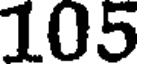
105